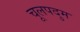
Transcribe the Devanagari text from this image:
चूलपदुम